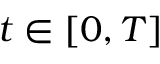
t \in [ 0 , T ]